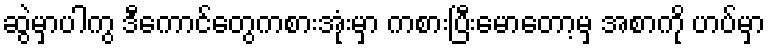
ဆွဲမှာပါကွ ဒီကောင်တွေကစားအုံးမှာ ကစားပြီးမောတော့မှ အစာကို ဟပ်မှာ